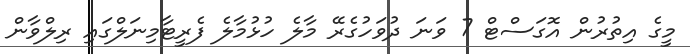
މީގެ އިތުރުން އޮގަސްޓް 7 ވަނަ ދުވަހުގެރޭ މާލެ ހުޅުމާލެ ފެރީޓާމިނަލްގައި ރިލްވާން